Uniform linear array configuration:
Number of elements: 24
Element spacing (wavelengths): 1
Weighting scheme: hann
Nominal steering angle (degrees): -45
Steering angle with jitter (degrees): -43.529
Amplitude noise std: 0.05
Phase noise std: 0.05

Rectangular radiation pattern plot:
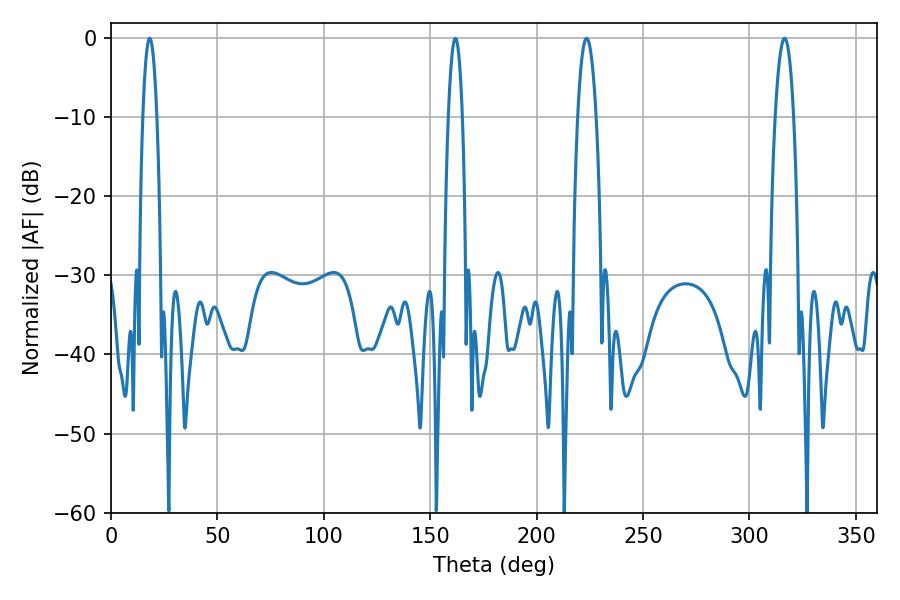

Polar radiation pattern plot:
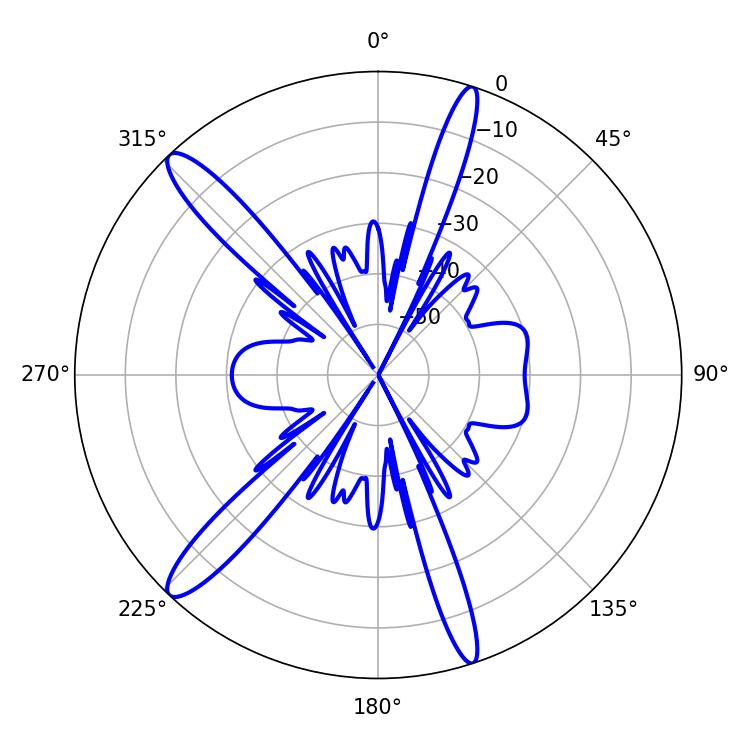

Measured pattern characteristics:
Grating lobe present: TRUE
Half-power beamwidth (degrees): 3.6
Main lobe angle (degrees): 18.18